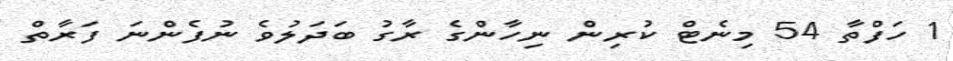
1 ހަފްތާ 54 މިނެޓް ކުރިން ނިހާންގެ ރާގު ބަދަލުވެ ނުފެންނަ ފަރާތް